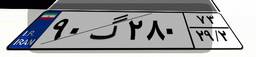
۲۹گ۳۲۲۱۲